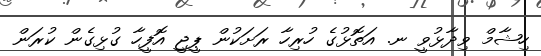
ހިޝާމް ވިދާޅުވީ ނ. އަތޮޅުގެ ހުރިހާ ރަށަކުން ޕީޖީ އޮފީހާ ގުޅިގެން ކުރަން